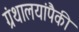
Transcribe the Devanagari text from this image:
ग्रंथालयांपैकी